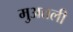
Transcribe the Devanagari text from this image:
मुअत्तली